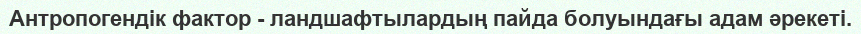
Антропогендік фактор - ландшафтылардың пайда болуындағы адам әрекеті.